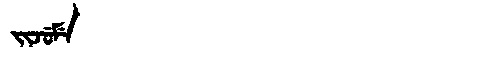
Manchu: ᠵᡳᠵᡠᠮᡝ
Romanization: JIJUME